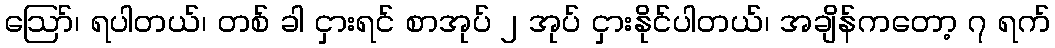
ဪ၊ ရပါတယ်၊ တစ် ခါ ငှားရင် စာအုပ် ၂ အုပ် ငှားနိုင်ပါတယ်၊ အချိန်ကတော့ ၇ ရက်